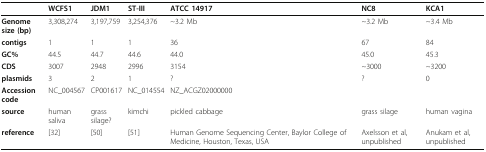
<table><thead><tr><td></td><td><b>WCFS1</b></td><td><b>JDM1</b></td><td><b>ST-III</b></td><td><b>ATCC 14917</b></td><td><b>NC8</b></td><td><b>KCA1</b></td></tr></thead><tbody><tr><td><b>Genome size (bp)</b></td><td>3,308,274</td><td>3,197,759</td><td>3,254,376</td><td>~3.2 Mb</td><td>~3.2 Mb</td><td>~3.4 Mb</td></tr><tr><td><b>contigs</b></td><td>1</td><td>1</td><td>1</td><td>36</td><td>67</td><td>84</td></tr><tr><td><b>GC%</b></td><td>44.5</td><td>44.7</td><td>44.6</td><td>44.0</td><td>45.0</td><td>45.3</td></tr><tr><td><b>CDS</b></td><td>3007</td><td>2948</td><td>2996</td><td>3154</td><td>~3000</td><td>~3200</td></tr><tr><td><b>plasmids</b></td><td>3</td><td>2</td><td>1</td><td>?</td><td>?</td><td>0</td></tr><tr><td><b>Accession code</b></td><td>NC_004567</td><td>CP001617</td><td>NC_014554</td><td>NZ_ACGZ02000000</td><td></td><td></td></tr><tr><td><b>source</b></td><td>human saliva</td><td>grass silage?</td><td>kimchi</td><td>pickled cabbage</td><td>grass silage</td><td>human vagina</td></tr><tr><td><b>reference</b></td><td>[32]</td><td>[50]</td><td>[51]</td><td>Human Genome Sequencing Center, Baylor College of Medicine, Houston, Texas, USA</td><td>Axelsson et al, unpublished</td><td>Anukam et al, unpublished</td></tr></tbody></table>